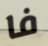
فا